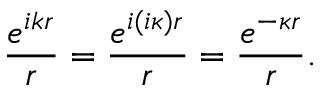
\frac { e ^ { i k r } } { r } = \frac { e ^ { i ( i \kappa ) r } } { r } = \frac { e ^ { - \kappa r } } { r } .